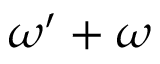
\omega ^ { \prime } + \omega